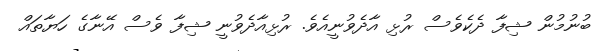
ބުނުމުން ޝިފާ ދެކެވެސް ރުޅި އާދެވުނީއެވެ. ރުޅިއާދެވުނީ ޝިފާ ވެސް އޭނާގެ ހަޔާތައް